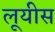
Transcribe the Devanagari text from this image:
लूयीस